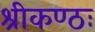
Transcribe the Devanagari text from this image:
श्रीकण्ठः